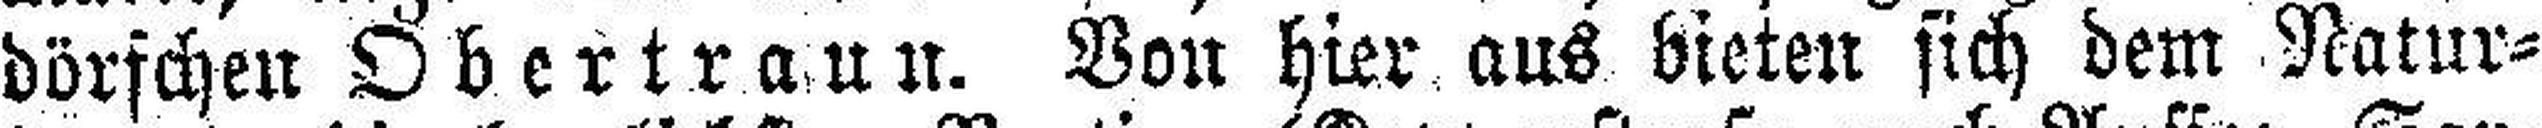
dörfchen Obertraun. Von hier aus bieten sich dem Natur¬